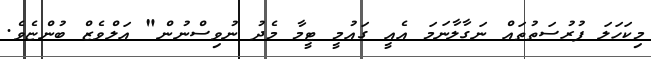
މިކަހަލަ ފުރުސަތުތައް ނަގާލާނަމަ އެއީ ގައުމީ ޓީމާ މެދު ނުވިސްނުން" އަލްވެޒް ބުންޏެވެ.